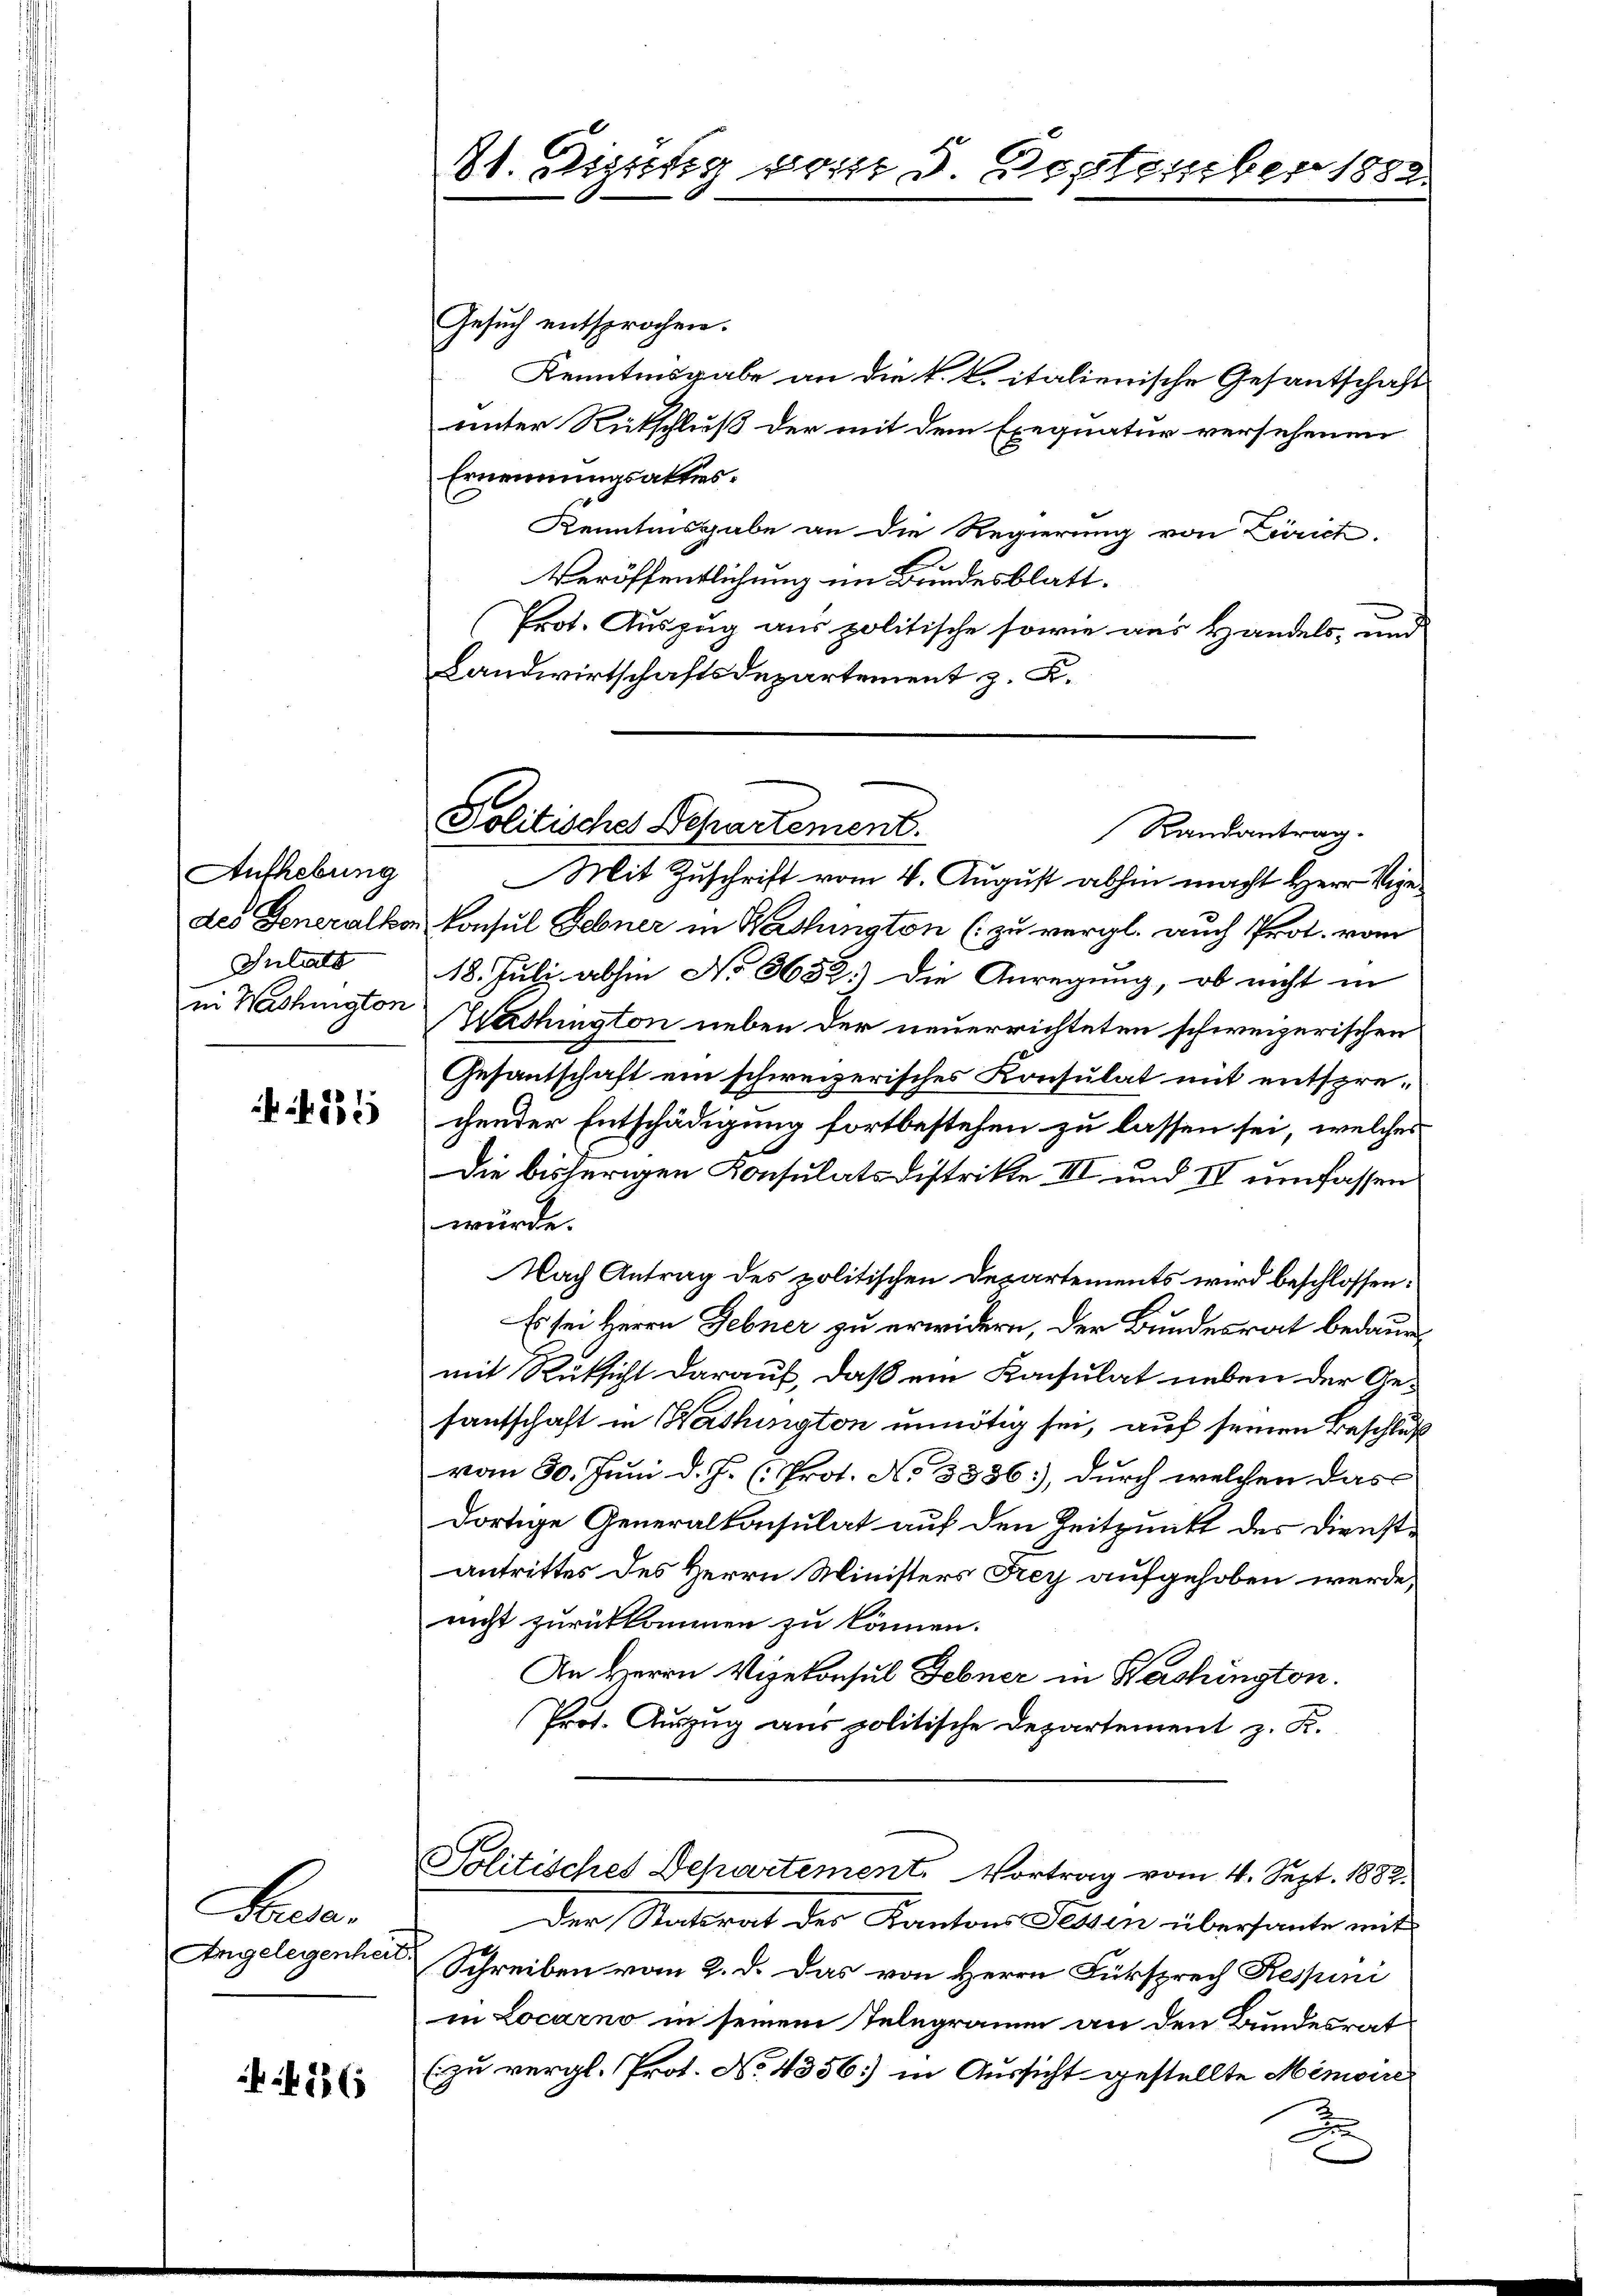
Aufhebung
Julats
in Washington

135

Lausa.
Angelegenheit.

423

81. Digung vom 5. September 1882.

Gesuch entsprochen.
Kenntnisgabe an die k. k. italienische Gesantschaft
unter Rückschluß der mit dem Exequatur versehenen
Ernennungsaktes.
Kenntnisgabe an die Regierung von Livrict.
Veröffentlichung im Bundesblatt¬
Prot. Auszug aus politische sowie aus Handels- und
Landwirtschaftsdepartement z. K.

Politisches Departement.
Randantrag.

Mit Zuschrift vom 4. August abhin macht Herr Vigedes Generalkon Konsul Febner in Washington (zu vergl. auch Prot. vom
18. Juli abhin No 3682) Die Anregung, ob nicht in
Washington neben der neuerrichteten schweizerischen
Gesantschaft ein schweizerisches Konsulat mit entsprechender Entschädigung fortbestehen zu lassen sei, welches
Die bisherigen Konsulats Distrikte III und IV umfassen
würde.
Nach Antrag des politischen Departements wird beschlossen:
Es sei Herrn Febner zu erwidern, der Bundesrat bedaue
mit Rücksicht darauf, daß ein Konsulat neben der Gefantschaft in Washington unnötig sei, auf seinen Beschluß
vom 30. Juni d. J. (: Prot. No 3386, durch welchen das
dortige Generalkonsulat auf den Zeitpunkt des Dienstantrittes des Herrn Ministers Frey aufgehoben werde,
nicht zurückkommen zu können.
An Herrn Vizekonsul Febner in Washington.
Prot. Aŭszŭg aŭs politische Departement z. F.
Politisches Departement. Vortrag vom 4. Sept. 1882.
Der Statsrat der Kantons Fessen übersante mit
Schreiben vom 2. d. das von Herrn Fürsprech Respini
in Locarno in seinem Telegramm an den Bundesrat
(zu vergl. Prot. No. 4356 in Aussicht gestellte Memoire
F